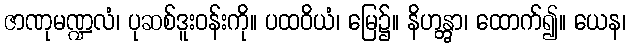
ဇာဏုမဏ္ဍလံ၊ ပုဆစ်ဒူးဝန်းကို။ ပထဝိယံ၊ မြေ၌။ နိဟန္တွာ၊ ထောက်၍။ ယေန၊